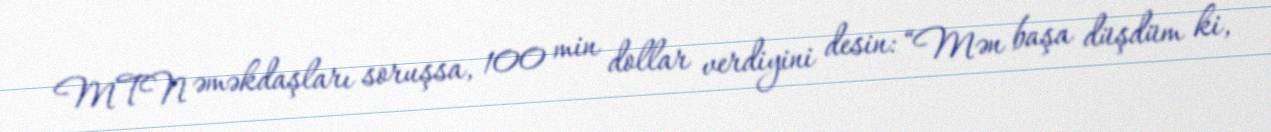
MTN əməkdaşları soruşsa, 100 min dollar verdiyini desin: “Mən başa düşdüm ki,